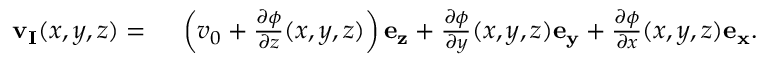
\begin{array} { r l } { \mathbf { v _ { I } } ( x , y , z ) = { } } & { { } \left( v _ { 0 } + \frac { \partial \phi } { \partial z } ( x , y , z ) \right) \mathbf { e _ { z } } + \frac { \partial \phi } { \partial y } ( x , y , z ) \mathbf { e _ { y } } + \frac { \partial \phi } { \partial x } ( x , y , z ) \mathbf { e _ { x } } . } \end{array}